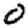
Digit: 0